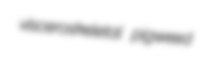
visceroskeletal pigweed